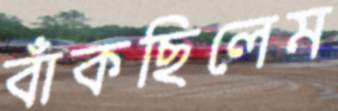
বাঁকছিলেম